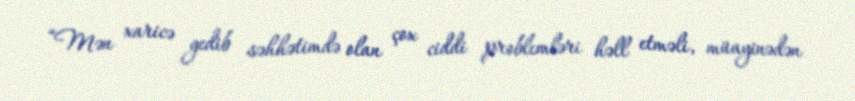
“Mən xaricə gedib səhhətimdə olan çox ciddi problemləri həll etməli, müayinədən